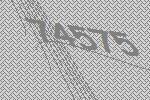
74575